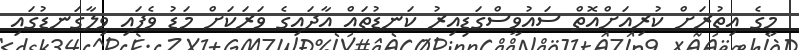
މީގެ އިތުރަށް ކުރިއަށްއޮތް ސައުވީސްގަޑިއިރު ކަނޑުތައް އާދައިގެ ވަރަކަށް މަޑު ވެފައި ވިލާގަނޑުގައި